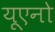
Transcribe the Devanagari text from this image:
यूएनो